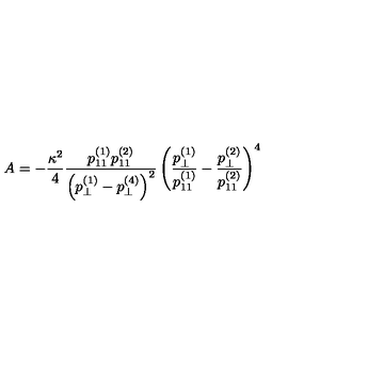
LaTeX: A = - \frac { \kappa ^ { 2 } } { 4 } \frac { p _ { 1 1 } ^ { ( 1 ) } p _ { 1 1 } ^ { ( 2 ) } } { \left( p _ { \perp } ^ { ( 1 ) } - p _ { \perp } ^ { ( 4 ) } \right) ^ { 2 } } \left( \frac { p _ { \perp } ^ { ( 1 ) } } { p _ { 1 1 } ^ { ( 1 ) } } - \frac { p _ { \perp } ^ { ( 2 ) } } { p _ { 1 1 } ^ { ( 2 ) } } \right) ^ { 4 }